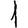
Digit: 1